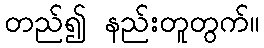
တည်၍ နည်းတူတွက်။